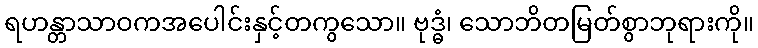
ရဟန္တာသာဝကအပေါင်းနှင့်တကွသော။ ဗုဒ္ဓံ၊ သောဘိတမြတ်စွာဘုရားကို။